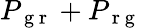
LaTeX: P_{\mathrm{~g~r~}}+P_{\mathrm{~r~g~}}